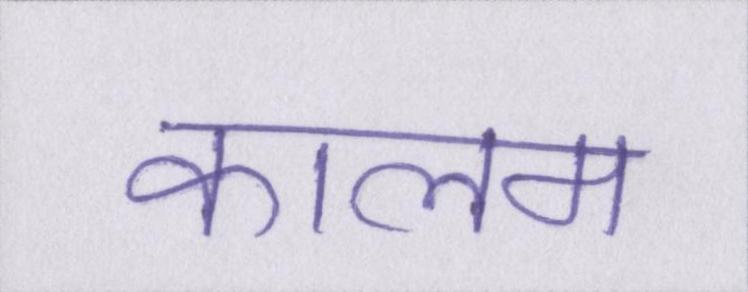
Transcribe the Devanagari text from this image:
कालम